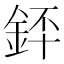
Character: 銔